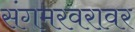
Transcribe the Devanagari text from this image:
संगमरवरावर